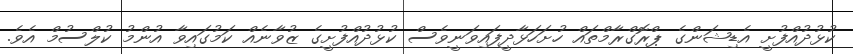
ކުޅުދުއްފުށީ އެޑިޝަންގެ ޕްރޮގްރާމްތައް ހުށަހަޅާދީފައިވަނީވެސް ކުޅުދުއްފުށީގެ ޒުވާނެއް ކަމުގައިވާ އުންމު ކުލްސުމް އެވެ.